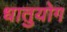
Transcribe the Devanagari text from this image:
धातुयोग